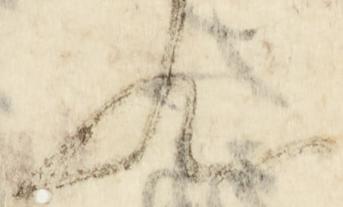
歟